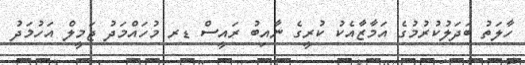
ހާލަތު ބަދަލުކުރުމުގެ އަމާޒާއެކު ކުރީގެ ނާއިބު ރައީސް ޑރ މުހައްމަދު ޖަމީލް އަހުމަދު